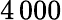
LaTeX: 4\, 000